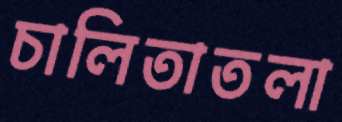
চালিতাতলা